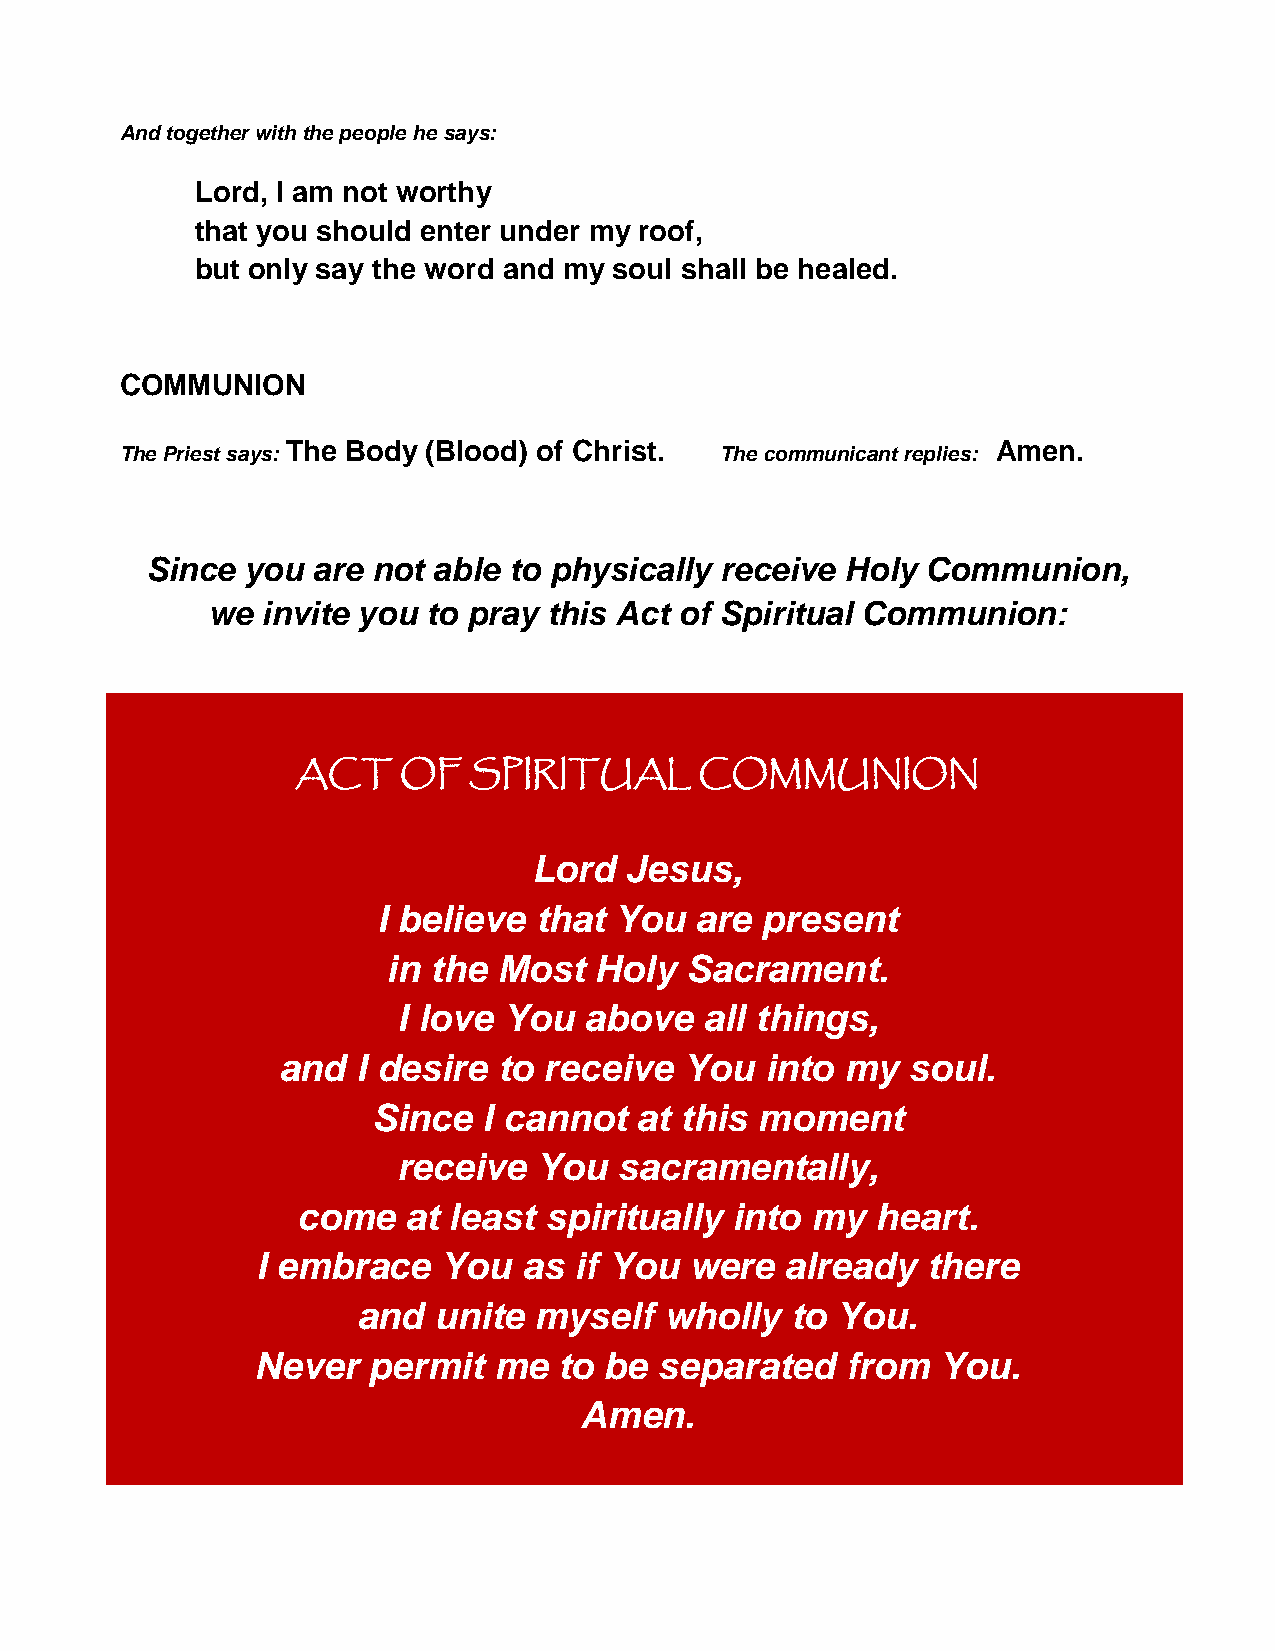
And together with the people he says:
 Lord, I am not worthy
 that you should enter under my roof,
 but only say the word and my soul shall be healed.
 COMMUNION
 The Body (Blood) of Christ.                    Amen.
 The Priest says:                        The communicant replies:
 Since you  are not able to physically receive Holy Communion,
 we invite you to pray this Act of Spiritual Communion:
 ACT   OF   SPIRITUAL      COMMUNION
 Lord  Jesus,
 I believe that  You  are present
 in the Most  Holy  Sacrament.
 I love You   above   all things,
 and   I desire to receive  You   into my  soul.
 Since  I cannot  at this moment
 receive   You  sacramentally,
 come   at least spiritually into  my  heart.
 I embrace   You   as if You  were  already  there
 and  unite myself   wholly  to You.
 Never  permit   me  to be  separated   from  You.
 Amen.